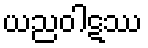
ယညဝါဋဿ